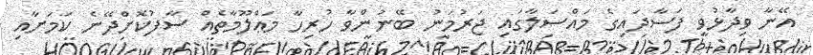
އޭނާ ވިދާޅުވީ ފަސާދައިގެ މައްސަލާގައި ޖަރުމަނު ބޭނުންވާ ހުރިހާ މަޢްލޫމާތެއް ސާފުކޮށްދޭނެ ކަމަށާއި